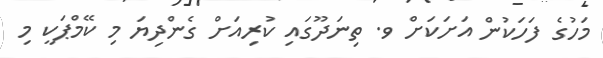
މަހުގެ ފަހަކުން އަށަކަށް ވ. ތިނަދޫގައި ކުރިއަށް ގެންދިޔަ މި ކޭމްޕަކީ މި